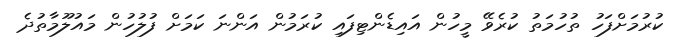
ކުރުމަށްފަހު ތުހުމަތު ކުރެވޭ މީހުން އައިޑެންޓިފައި ކުރަމުން އަންނަ ކަމަށް ފުލުހުން މައުލޫމާތުދެ